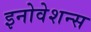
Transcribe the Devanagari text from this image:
इनोवेशन्स